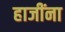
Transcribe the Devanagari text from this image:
हाजींना